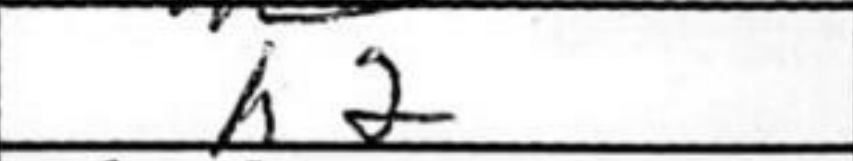
Transcription: h2